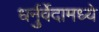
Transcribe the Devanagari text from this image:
धर्नुर्वेदामध्ये